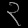
Digit: ၃